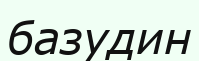
базудин